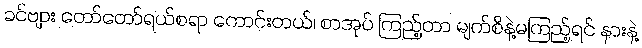
ခင်ဗျား တော်တော်ရယ်စရာ ကောင်းတယ်၊ စာအုပ် ကြည့်တာ မျက်စိနဲ့မကြည့်ရင် နားနဲ့